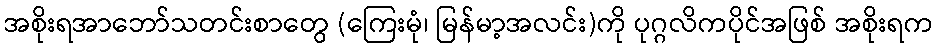
အစိုးရအာဘော်သတင်းစာတွေ (ကြေးမုံ၊ မြန်မာ့အလင်း)ကို ပုဂ္ဂလိကပိုင်အဖြစ် အစိုးရက